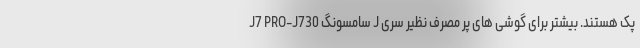
پک هستند. بیشتر برای گوشی های پر مصرف نظیر سری J سامسونگ J7 PRO-J730